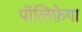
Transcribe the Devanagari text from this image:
पॉलिफ़ेगा